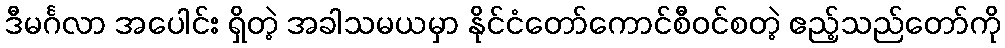
ဒီမင်္ဂလာ အပေါင်း ရှိတဲ့ အခါသမယမှာ နိုင်ငံတော်ကောင်စီဝင်စတဲ့ ဧည့်သည်တော်ကို